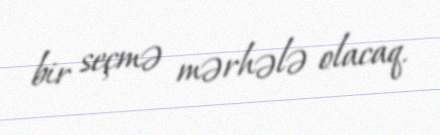
bir seçmə mərhələ olacaq.